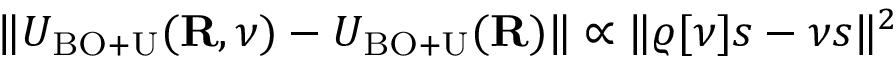
\| { \cal U } _ { \mathrm { B O + U } } ( { \bf R } , \nu ) - U _ { \mathrm { B O + U } } ( { \bf R } ) \| \propto \| \varrho [ \nu ] s - \nu s \| ^ { 2 }